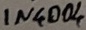
Text: IN4004